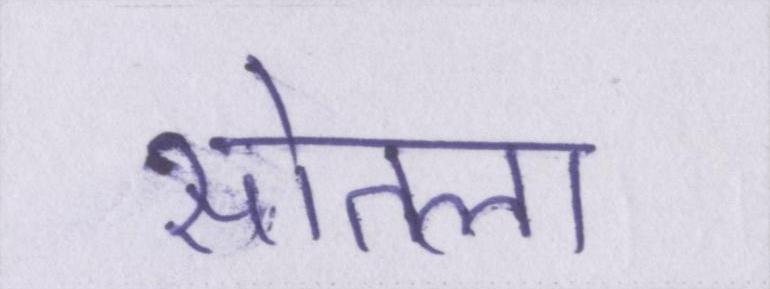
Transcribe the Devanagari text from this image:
सोतला